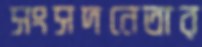
সংসদনেতার